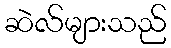
ဆဲလ်များသည်